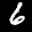
Label: 6